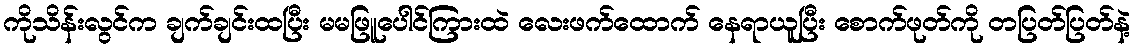
ကိုသိန်းလွင်က ချက်ချင်းထပြီး မမဖြူပေါင်ကြားထဲ လေးဖက်ထောက် နေရာယူပြီး စောက်ဖုတ်ကို တပြတ်ပြတ်နဲ့